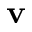
\mathbf { v }